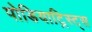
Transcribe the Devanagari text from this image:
पोडियाट्रिस्ट्स